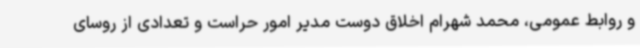
و روابط عمومی، محمد شهرام اخلاق دوست مدیر امور حراست و تعدادی از روسای